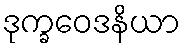
ဒုက္ခဝေဒနိယာ